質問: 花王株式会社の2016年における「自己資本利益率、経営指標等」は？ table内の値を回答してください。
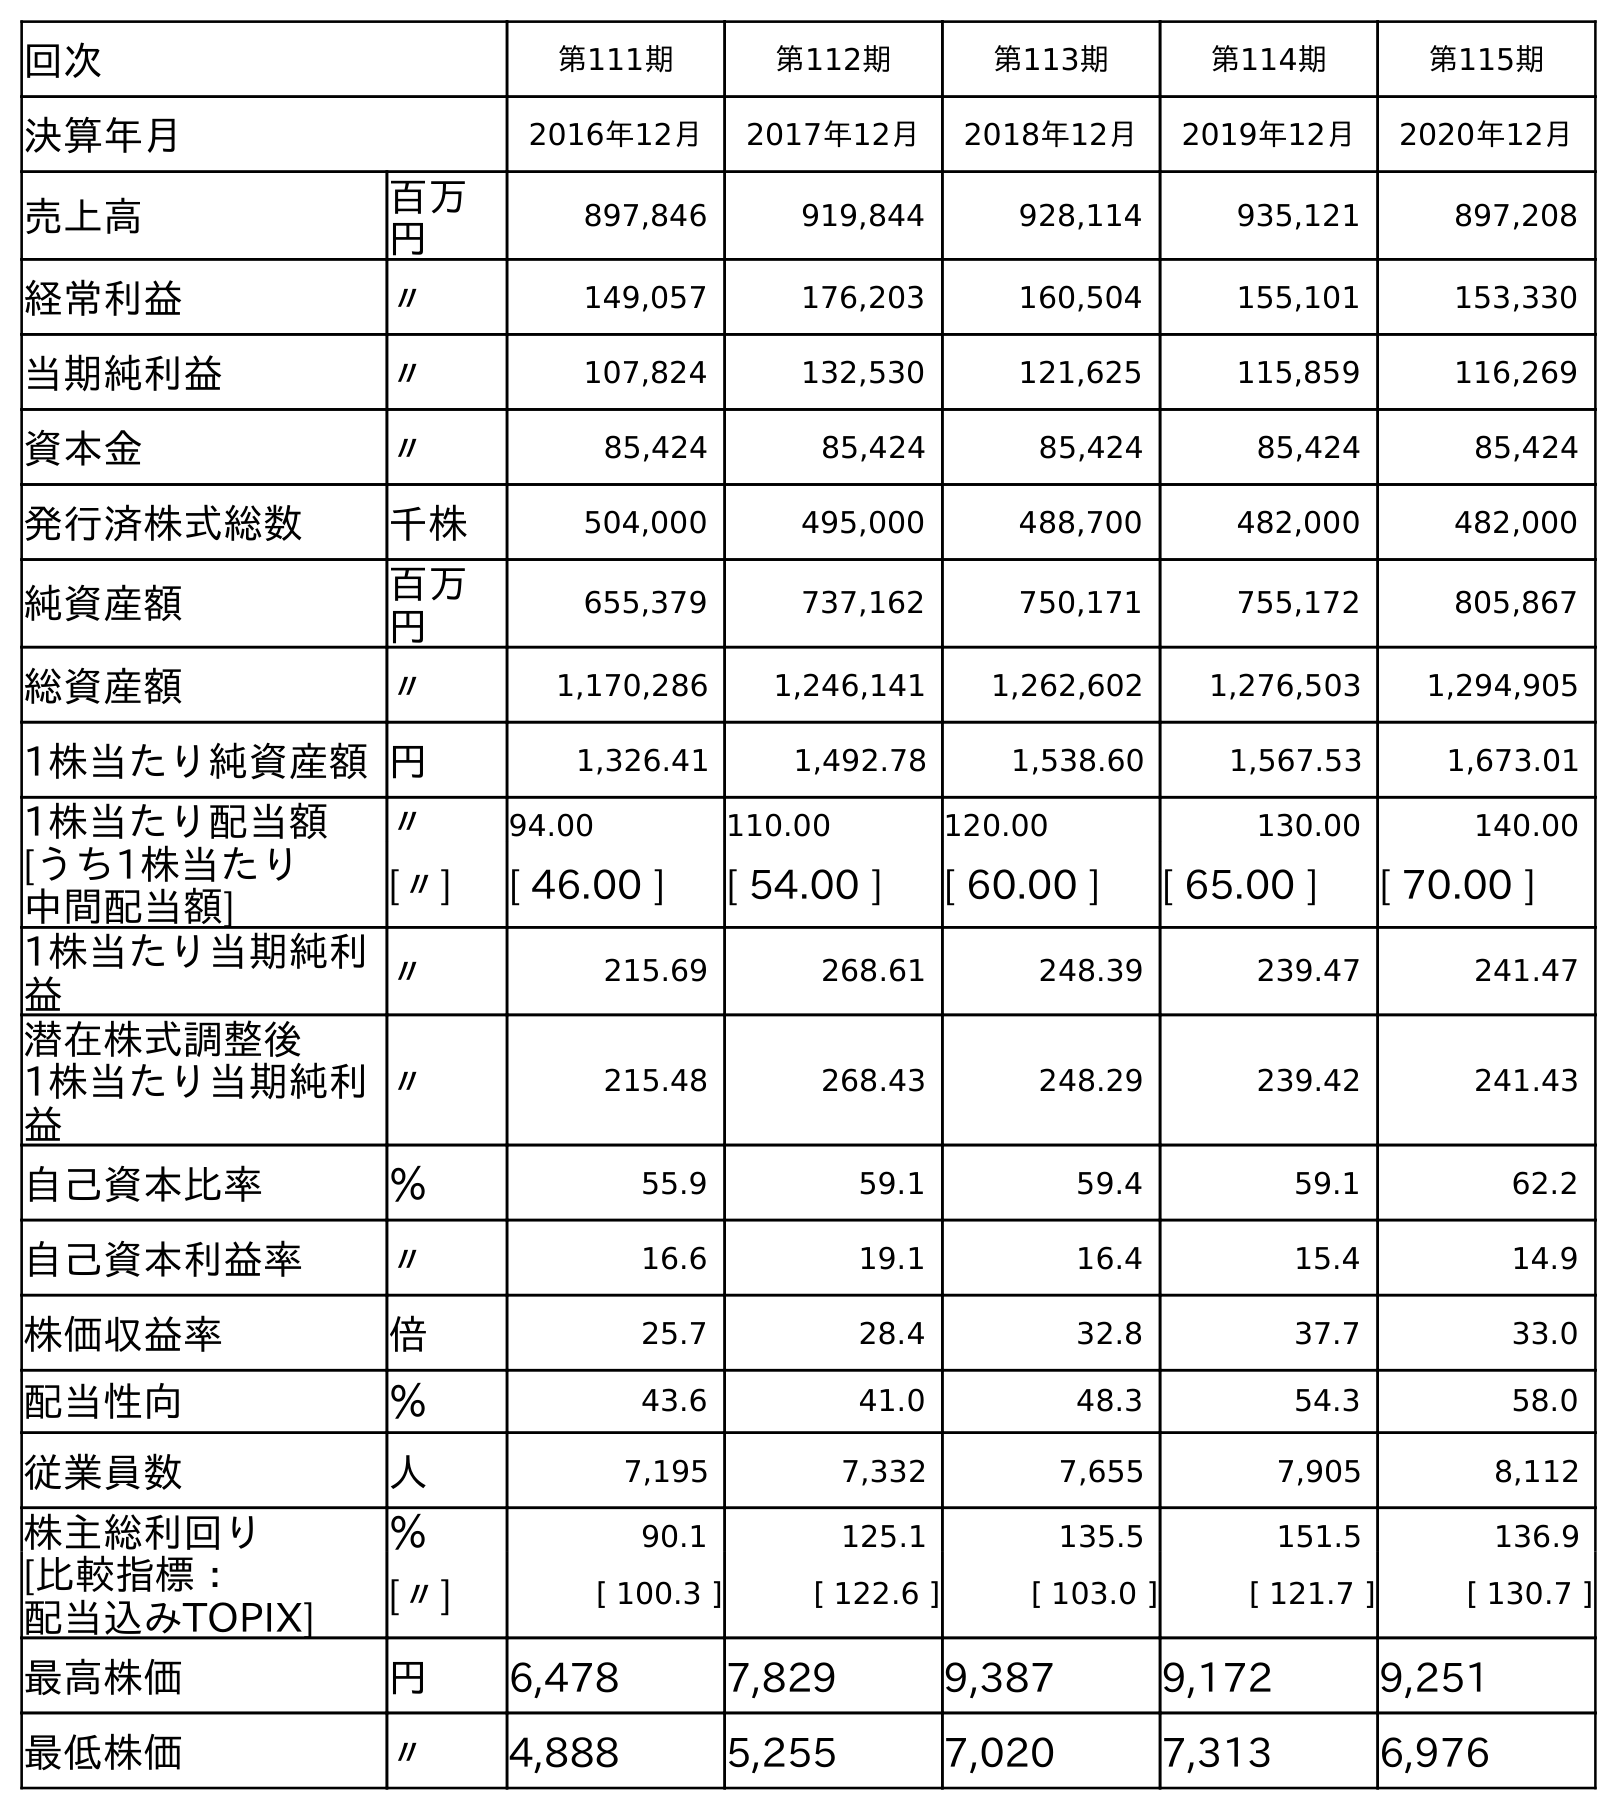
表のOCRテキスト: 回次 第111期 第112期 第113期 第114期 第115期 決算年月 2016年12月 2017年12月 2018年12月 2019年12月 2020年12月 売上高 百万 円 897,846 919,844 928,114 935,121 897,208 経常利益 〃 149,057 176,203 160,504 155,101 153,330 当期純利益 〃 107,824 132,530 121,625 115,859 116,269 資本金 〃 85,424 85,424 85,424 85,424 85,424 発行済株式総数 千株 504,000 495,000 488,700 482,000 482,000 純資産額 百万 円 655,379 737,162 750,171 755,172 805,867 総資産額 〃 1,170,286 1,246,141 1,262,602 1,276,503 1,294,905 1株当たり純資産額円 1,326.41 1,492.78 1,538.60 1,567.53 1,673.01 1株当たり配当額 〃 94.00 110.00 120.00 130.00 140.00 [うち1株当たり 中間配当額] [〃] [ 46.00 ] [ 54.00 ] [ 60.00 ] [ 65.00 ] [ 70.00 ] 1株当たり当期純利 益 〃 215.69 268.61 248.39 239.47 241.47 潜在株式調整後 1株当たり当期純利 益 〃 215.48 268.43 248.29 239.42 241.43 自己資本比率 ％ 55.9 59.1 59.4 59.1 62.2 自己資本利益率 〃 16.6 19.1 16.4 15.4 14.9 株価収益率 倍 25.7 28.4 32.8 37.7 33.0 配当性向 ％ 43.6 41.0 48.3 54.3 58.0 従業員数 人 7,195 7,332 7,655 7,905 8,112 株主総利回り ％ 90.1 125.1 135.5 151.5 136.9 [比較指標： 配当込みTOPIX] [〃] [ 100.3 ] [ 122.6 ] [ 103.0 ] [ 121.7 ] [ 130.7 ] 最高株価 円 6,478 7,829 9,387 9,172 9,251 最低株価 〃 4,888 5,255 7,020 7,313 6,976
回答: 16.6